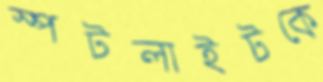
স্পটলাইটকে